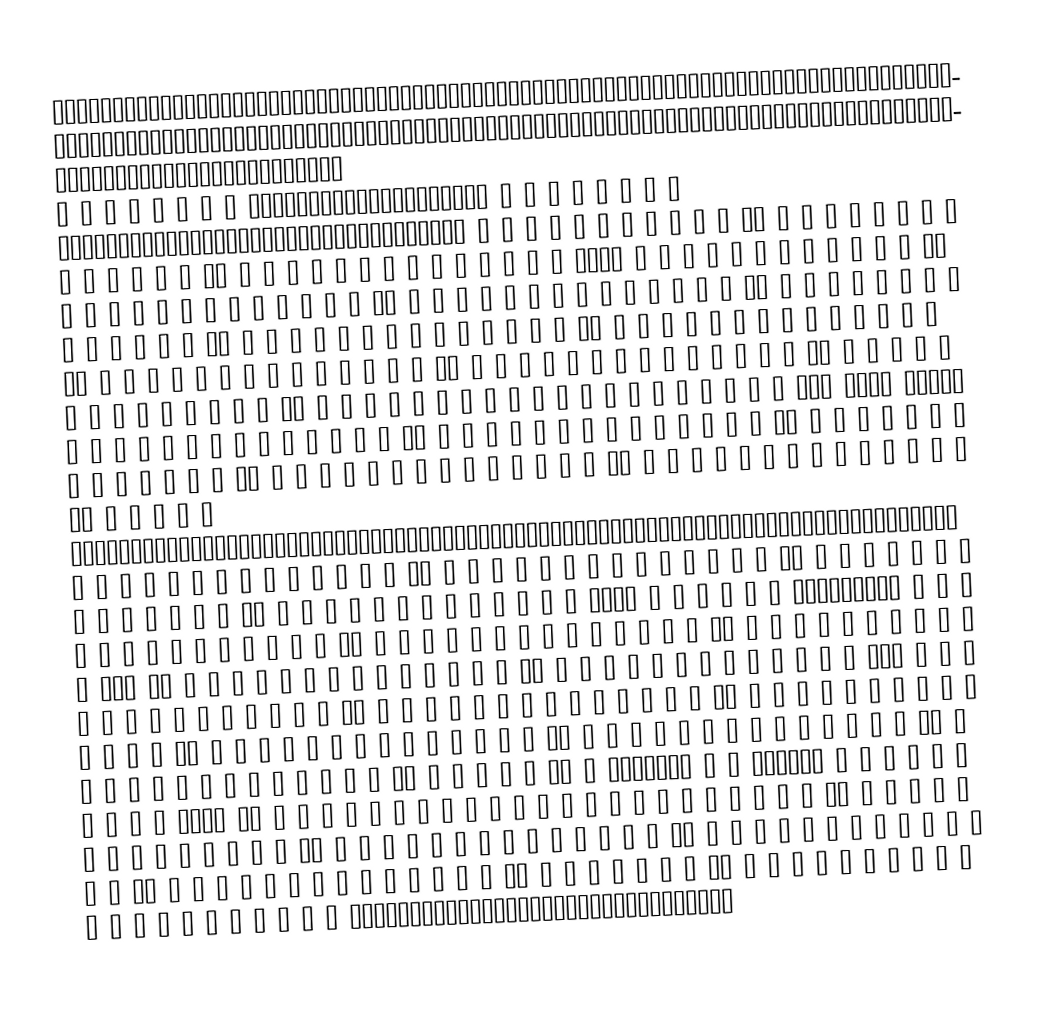
𓀀𓀁𓀂𓀃𓀄𓀅𓀆𓀇𓀈𓀉𓀊𓀋𓀌𓀍𓀎𓀏𓀐𓀑𓀒𓀓𓀔𓀕𓀖𓀗𓀘𓀙𓀚𓀛𓀜𓀝𓀞𓀟𓀠𓀡𓀢𓀣𓀤𓀥𓀦𓀧𓀨𓀩𓀪𓀫𓀬𓀭𓀮𓀯𓀰𓀱𓀲𓀳𓀴𓀵𓀶𓀷𓀸𓀹𓀺𓀻𓀼𓀽𓀾𓀿𓁀𓁁𓁂𓁃𓁄𓁅𓁆𓁇𓁈𓁉𓁊𓁋𓁌𓁍𓁎𓁏𓁐𓁑𓁒𓁓𓁔𓁕𓁖𓁗𓁘𓁙𓁚𓁛𓁜𓁝𓁞𓁟𓁠𓁡𓁢𓁣𓁤𓁥𓁦𓁧𓁨𓁩𓁪𓁫𓁬𓁭𓁮𓁯𓁰𓁱𓁲𓁳𓁴𓁵𓁶𓁷𓁸𓁹𓁺𓁻𓁼𓁽𓁾𓁿𓂀𓂁𓂂𓂃𓂄𓂅𓂆𓂇𓂈𓂉𓂊𓂋𓂌𓂍𓂎𓂏𓂐𓂑𓂒𓂓𓂔𓂕𓂖𓂗𓂘𓂙𓂚𓂛𓂜𓂝𓂞𓂟𓂠𓂡𓂢𓂣𓂤𓂥𓂦𓂧𓂨𓂩𓂪𓂫𓂬𓂭 𓂮 𓂯 𓂰 𓂱 𓂲	𓂳 𓂴 𓂵 𓂶𓂷𓂸𓂹𓂺𓂻𓂼𓂽𓂾𓂿𓃀𓃁𓃂𓃃𓃄𓃅𓃆𓃇𓃈𓃉 𓃊 𓃋 𓃌 𓃍 𓃎 𓃏 𓃐 𓃑 𓃒𓃓𓃔𓃕𓃖𓃗𓃘𓃙𓃚𓃛𓃜𓃝𓃞𓃟𓃠𓃡𓃢𓃣𓃤𓃥𓃦𓃧𓃨𓃩𓃪𓃫𓃬𓃭𓃮𓃯𓃰𓃱𓃲𓃳	𓃴	𓃵	𓃶	𓃷	𓃸	𓃹	𓃺	𓃻	𓃼	𓃽	𓃾	𓃿𓄀	𓄁	𓄂	𓄃	𓄄	𓄅	𓄆	𓄇	𓄈	𓄉	𓄊	𓄋	𓄌	𓄍	𓄎	𓄏𓄐	𓄑	𓄒	𓄓	𓄔	𓄕	𓄖	𓄗	𓄘	𓄙	𓄚	𓄛	𓄜	𓄝	𓄞	𓄟𓄠𓄡𓄢	𓄣	𓄤	𓄥	𓄦	𓄧	𓄨	𓄩	𓄪	𓄫	𓄬	𓄭	𓄮	𓄯𓄰	𓄱	𓄲	𓄳	𓄴	𓄵	𓄶	𓄷	𓄸	𓄹	𓄺	𓄻	𓄼	𓄽	𓄾𓅀	𓅁	𓅂	𓅃	𓅄	𓅅	𓅆	𓅇	𓅈	𓅉	𓅊	𓅋	𓅌	𓅍	𓅎	𓅏𓅐	𓅑	𓅒	𓅓	𓅔	𓅕	𓅖	𓅗	𓅘	𓅙	𓅚	𓅛	𓅜	𓅝	𓅞	𓅟𓅠	𓅡	𓅢	𓅣	𓅤	𓅥	𓅦	𓅧	𓅨	𓅩	𓅪	𓅫	𓅬	𓅭	𓅮	𓅯𓅰	𓅱	𓅲	𓅳	𓅴	𓅵	𓅶	𓅷	𓅸	𓅹	𓅺	𓅻	𓅼	𓅽	𓅾	𓅿𓆀	𓆁	𓆂	𓆃	𓆄	𓆅	𓆆	𓆇	𓆈	𓆉	𓆊	𓆋	𓆌	𓆍	𓆎	𓆏𓆐	𓆑	𓆒	𓆓	𓆔	𓆕	𓆖	𓆗	𓆘	𓆙	𓆚	𓆛	𓆜	𓆝	𓆞	𓆟𓆠	𓆡	𓆢	𓆣	𓆤	𓆥	𓆦	𓆧	𓆨	𓆩	𓆪	𓆫	𓆬	𓆭	𓆮	𓆯𓆰	𓆱	𓆲	𓆳	𓆴	𓆵	𓆶	𓆷	𓆸	𓆹	𓆺	𓆻	𓆼	𓆽	𓆾	𓆿 𓇀 𓇁	𓇂 𓇃 𓇄 𓇅𓇆𓇇 𓇈𓇉𓇊𓇋 𓇌𓇍𓇎𓇏𓇐	𓇑	𓇒	𓇓	𓇔	𓇕	𓇖	𓇗	𓇘	𓇙	𓇚	𓇛	𓇜	𓇝	𓇞	𓇟𓇠	𓇡	𓇢	𓇣	𓇤	𓇥	𓇦	𓇧	𓇨	𓇩	𓇪	𓇫	𓇬	𓇭	𓇮	𓇯𓇰	𓇱	𓇲	𓇳	𓇴	𓇵	𓇶	𓇷	𓇸	𓇹	𓇺	𓇻	𓇼	𓇽	𓇾	𓇿𓈀	𓈁	𓈂	𓈃	𓈄	𓈅	𓈆	𓈇	𓈈	𓈉	𓈊	𓈋	𓈌	𓈍	𓈎	𓈏𓈐	𓈑	𓈒	𓈓	𓈔	𓈕	𓈖	𓈗	𓈘	𓈙	𓈚	𓈛	𓈜	𓈝	𓈞	𓈟𓈠	𓈡	𓈢	𓈣	𓈤	𓈥	𓈦𓈧𓈨𓈩𓈪𓈫𓈬𓈭𓈮𓈯𓈰𓈱𓈲𓈳𓈴𓈵𓈶𓈷𓈸𓈹𓈺𓈻𓈼𓈽𓈾𓈿𓉀𓉁𓉂𓉃𓉄𓉅𓉆𓉇𓉈𓉉𓉊𓉋𓉌𓉍𓉎𓉏𓉐𓉑𓉒𓉓𓉔𓉕𓉖𓉗𓉘𓉙𓉚𓉛𓉜𓉞𓉟𓉠𓉡𓉢𓉣𓉤𓉥𓉦𓉧𓉨𓉩𓉪𓉫𓉬𓉭𓉮𓉯𓉰	𓉱	𓉲	𓉳	𓉴	𓉵	𓉶	𓉷	𓉸	𓉹	𓉺	𓉻	𓉼	𓉽	𓉾	𓉿𓊀	𓊁	𓊂	𓊃	𓊄	𓊅	𓊆	𓊇	𓊈	𓊉	𓊊	𓊋	𓊌	𓊍	𓊎	𓊏𓊐	𓊑	𓊒	𓊓	𓊔	𓊕	𓊖	𓊗	𓊘	𓊙	𓊚	𓊛	𓊜	𓊝	𓊞	𓊟𓊠	𓊡	𓊢	𓊣	𓊤	𓊥	𓊦	𓊧	𓊨	𓊩	𓊪	𓊫	𓊬	𓊭	𓊮𓊯𓊰𓊱	𓊲	𓊳	𓊴	𓊵	𓊶	𓊷	𓊸𓊹𓊺𓊻𓊼𓊽𓊾𓊿𓋀	𓋁	𓋂	𓋃	𓋄	𓋅	𓋆	𓋇	𓋈	𓋉	𓋊	𓋋	𓋌	𓋍	𓋎	𓋏𓋐	𓋑	𓋒	𓋓	𓋔	𓋕	𓋖	𓋗	𓋘	𓋙	𓋚	𓋛	𓋜	𓋝	𓋞	𓋟𓋠	𓋡	𓋢	𓋣	𓋤	𓋥	𓋦	𓋧	𓋨	𓋩	𓋪	𓋫	𓋬𓋭𓋮	𓋯𓋰	𓋱	𓋲	𓋳	𓋴	𓋵	𓋶	𓋷	𓋸	𓋹	𓋺	𓋻	𓋼	𓋽	𓋾	𓋿𓌀	𓌁	𓌂	𓌃	𓌄	𓌅	𓌆	𓌇	𓌈	𓌉	𓌊	𓌋	𓌌	𓌍	𓌎𓌏𓌐	𓌑	𓌒	𓌓	𓌔	𓌕	𓌖	𓌗	𓌘	𓌙	𓌚	𓌛	𓌜	𓌝	𓌞	𓌟𓌠	𓌡	𓌢	𓌣	𓌤	𓌥	𓌦	𓌧	𓌨	𓌩	𓌪	𓌫	𓌬	𓌭	𓌮	𓌯𓌰	𓌱	𓌲	𓌳	𓌴	𓌵	𓌶	𓌷	𓌸	𓌹	𓌺	𓌻	𓌼	𓌽	𓌾	𓌿𓍀	𓍁	𓍂	𓍃	𓍄	𓍅	𓍆	𓍇	𓍈	𓍉	𓍊	𓍋	𓍌	𓍍	𓍎	𓍏𓍐	𓍑	𓍒	𓍓	𓍔	𓍕	𓍖	𓍗	𓍘	𓍙	𓍚	𓍛	𓍜	𓍝	𓍞	𓍟𓍠	𓍡	𓍢	𓍣	𓍤	𓍥	𓍦	𓍧	𓍨	𓍩	𓍪	𓍫	𓍬	𓍭	𓍮	𓍯𓍰	𓍱	𓍲	𓍳	𓍴	𓍵	𓍶𓍷	𓍸	𓍹𓍺𓍻𓍼𓍽𓍾𓍿 𓎀	𓎁	𓎂𓎃𓎄𓎅𓎆𓎇 𓎈 𓎉 𓎊 𓎋 𓎌 𓎍 𓎎 𓎏 𓎐 𓎑 𓎒𓎓𓎔𓎕	𓎖𓎗	𓎘	𓎙	𓎚	𓎛	𓎜	𓎝	𓎞	𓎟 𓎠	𓎡	𓎢	𓎣	𓎤	𓎥	𓎦	𓎧	𓎨	𓎩	𓎪	𓎫	𓎬	𓎭	𓎮	𓎯𓎰	𓎱	𓎲	𓎳	𓎴	𓎵	𓎶	𓎷	𓎸	𓎹	𓎺	𓎻	𓎼	𓎽	𓎾	𓎿𓏀	𓏁	𓏂	𓏃	𓏄	𓏅	𓏆	𓏇	𓏈	𓏉	𓏊	𓏋	𓏌	𓏍	𓏎	𓏏𓏐	𓏑	𓏒	𓏓	𓏔	𓏕	𓏖	𓏗	𓏘	𓏙	𓏚	𓏛	𓏜	𓏝	𓏞	𓏟𓏠	𓏡	𓏢	𓏣	𓏤	𓏥	𓏦	𓏧	𓏨	𓏩	𓏪	𓏫	𓏬	𓏭	𓏮	𓏯𓏰	𓏱	𓏲	𓏳	𓏴	𓏵	𓏶	𓏷	𓏸𓏹 𓏺 𓏻 𓏼 𓏽 𓏾 𓏿 𓐀 𓐁 𓐂 𓐃 𓐄	𓐅	𓐆	𓐇	𓐈 𓐉	𓐊	𓐋	𓐌	𓐍	𓐎	𓐏𓐐𓐑𓐒𓐓𓐔𓐕𓐖𓐗𓐘𓐙𓐚𓐛𓐜𓐝𓐞𓐟𓐠𓐡𓐢𓐣𓐤𓐥𓐦𓐧𓐨𓐩𓐪𓐫𓐬𓐭𓐮